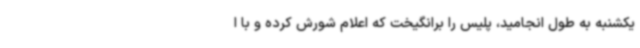
یکشنبه به طول انجامید، پلیس را برانگیخت که اعلام شورش کرده و با ا